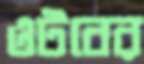
ওটবের